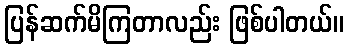
ပြန်ဆက်မိကြတာလည်း ဖြစ်ပါတယ်။